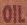
OIL